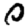
Digit: 0